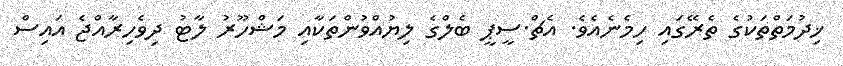
ޚިދުމަތްތަކުގެ ތެރޭގައި ހިމެނެއެވެ. އެޗް.ސީޕީ ބެލްގެ ލިޔުއްވުންތަކާއި މަޝްހޫރު ލާޓު ދިވެހިރާއްޖެ އައިސް